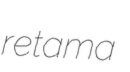
retama